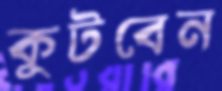
কুটবেন